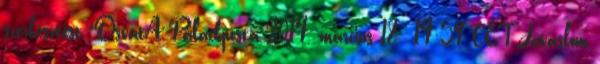
szerkesztést. OsvátA Palackposta 2014. március 18., 14:59 CET Javaslom